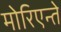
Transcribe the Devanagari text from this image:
मोरिएन्ते